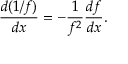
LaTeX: { \frac { d ( 1 / f ) } { d x } } = - { \frac { 1 } { f ^ { 2 } } } { \frac { d f } { d x } } .